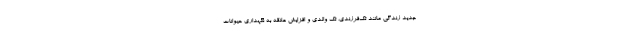
جدید زندگی مانند تک‌فرزندی، تک والدی و افزایش علاقه به نگهداری حیوانات